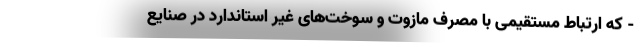
- که ارتباط مستقیمی با مصرف مازوت و سوخت‌های غیر استاندارد در صنایع